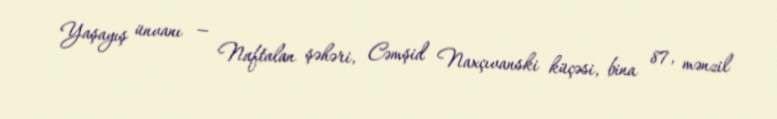
Yaşayış ünvanı — Naftalan şəhəri, Cəmşid Naxçıvanski küçəsi, bina 87, mənzil